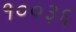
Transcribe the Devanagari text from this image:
१००३६